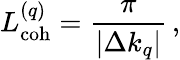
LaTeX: L_{\mathrm{coh}}^{(q)}=\frac{\pi}{|\Delta k_{q}|}\, ,